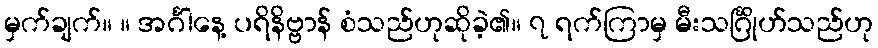
မှက်ချက်။ ။ အင်္ဂါနေ့ ပရိနိဗ္ဗာန် စံသည်ဟုဆိုခဲ့၏။ ၇ ရက်ကြာမှ မီးသင်္ဂြိုဟ်သည်ဟု